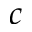
c